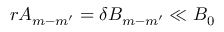
r A _ { m - m ^ { \prime } } = \delta B _ { m - m ^ { \prime } } \ll B _ { 0 }